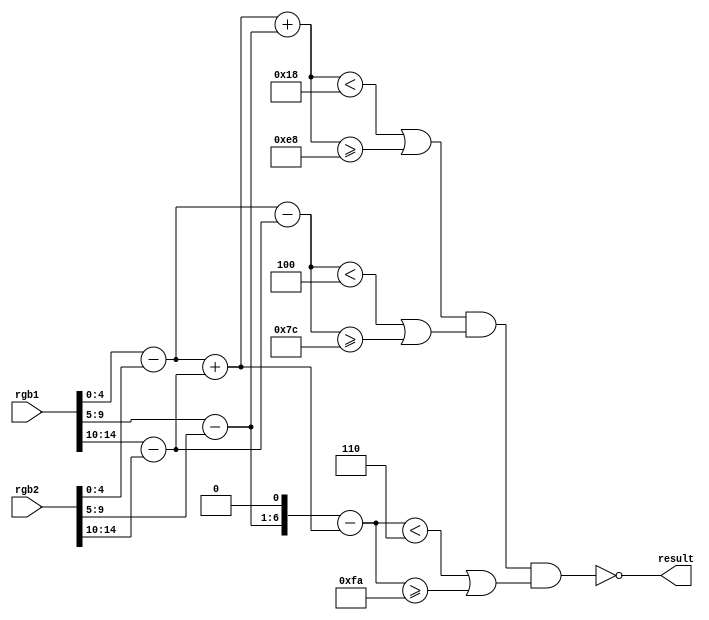
// Copyright (c) 2012-2013 Ludvig Strigeus
// This program is GPL Licensed. See COPYING for the full license.

module DiffCheck(input [14:0] rgb1, input [14:0] rgb2, output result);
  wire [5:0] r = rgb1[4:0] - rgb2[4:0];
  wire [5:0] g = rgb1[9:5] - rgb2[9:5];
  wire [5:0] b = rgb1[14:10] - rgb2[14:10];
  wire [6:0] t = $signed(r) + $signed(b);
  wire [6:0] gx = {g[5], g};
  wire [7:0] y = $signed(t) + $signed(gx);
  wire [6:0] u = $signed(r) - $signed(b);
  wire [7:0] v = $signed({g, 1'b0}) - $signed(t);
  // if y is inside (-24..24)
  wire y_inside = (y < 8'h18 || y >= 8'he8);
  // if u is inside (-4, 4)
  wire u_inside = (u < 7'h4 || u >= 7'h7c);
  // if v is inside (-6, 6)
  wire v_inside = (v < 8'h6 || v >= 8'hfA);
  assign result = !(y_inside && u_inside && v_inside);
endmodule

module InnerBlend(input [8:0] Op, input [4:0] A, input [4:0] B, input [4:0] C, output [4:0] O);
  wire OpOnes = Op[4];
  wire [7:0] Amul = A * Op[7:5];
  wire [6:0] Bmul = B * Op[3:2];
  wire [6:0] Cmul = C * Op[1:0];
  wire [7:0] At =  Amul;
  wire [7:0] Bt = (OpOnes == 0) ? {Bmul, 1'b0} : {3'b0, B};
  wire [7:0] Ct = (OpOnes == 0) ? {Cmul, 1'b0} : {3'b0, C};
  wire [8:0] Res = {At, 1'b0} + Bt + Ct;
  assign O = Op[8] ? A : Res[8:4];
endmodule

module Blend(input [5:0] rule, input disable_hq2x,
             input [14:0] E, input [14:0] A, input [14:0] B, input [14:0] D, input [14:0] F, input [14:0] H, output [14:0] Result);
  reg [1:0] input_ctrl;
  reg [8:0] op;
  localparam BLEND0 = 9'b1_xxx_x_xx_xx; // 0: A
  localparam BLEND1 = 9'b0_110_0_10_00; // 1: (A * 12 + B * 4) >> 4
  localparam BLEND2 = 9'b0_100_0_10_10; // 2: (A * 8 + B * 4 + C * 4) >> 4
  localparam BLEND3 = 9'b0_101_0_10_01; // 3: (A * 10 + B * 4 + C * 2) >> 4
  localparam BLEND4 = 9'b0_110_0_01_01; // 4: (A * 12 + B * 2 + C * 2) >> 4
  localparam BLEND5 = 9'b0_010_0_11_11; // 5: (A * 4 + (B + C) * 6) >> 4
  localparam BLEND6 = 9'b0_111_1_xx_xx; // 6: (A * 14 + B + C) >> 4
  localparam AB = 2'b00;
  localparam AD = 2'b01;
  localparam DB = 2'b10;
  localparam BD = 2'b11;
  wire is_diff;
  DiffCheck diff_checker(rule[1] ? B : H,
                         rule[0] ? D : F,
                         is_diff);
  always @* begin
    case({!is_diff, rule[5:2]})
    1,17:  {op, input_ctrl} = {BLEND1, AB};
    2,18:  {op, input_ctrl} = {BLEND1, DB};
    3,19:  {op, input_ctrl} = {BLEND1, BD};
    4,20:  {op, input_ctrl} = {BLEND2, DB};
    5,21:  {op, input_ctrl} = {BLEND2, AB};
    6,22:  {op, input_ctrl} = {BLEND2, AD};

    8: {op, input_ctrl} = {BLEND0, 2'bxx};
    9: {op, input_ctrl} = {BLEND0, 2'bxx};
    10: {op, input_ctrl} = {BLEND0, 2'bxx};
    11: {op, input_ctrl} = {BLEND1, AB};
    12: {op, input_ctrl} = {BLEND1, AB};
    13: {op, input_ctrl} = {BLEND1, AB};
    14: {op, input_ctrl} = {BLEND1, DB};
    15: {op, input_ctrl} = {BLEND1, BD};

    24: {op, input_ctrl} = {BLEND2, DB};
    25: {op, input_ctrl} = {BLEND5, DB};
    26: {op, input_ctrl} = {BLEND6, DB};
    27: {op, input_ctrl} = {BLEND2, DB};
    28: {op, input_ctrl} = {BLEND4, DB};
    29: {op, input_ctrl} = {BLEND5, DB};
    30: {op, input_ctrl} = {BLEND3, BD};
    31: {op, input_ctrl} = {BLEND3, DB};
    default: {op, input_ctrl} = 11'bx;
    endcase
    
    // Setting op[8] effectively disables HQ2X because blend will always return E.
    if (disable_hq2x)
      op[8] = 1;
  end
  // Generate inputs to the inner blender. Valid combinations.
  // 00: E A B
  // 01: E A D 
  // 10: E D B
  // 11: E B D
  wire [14:0] Input1 = E;
  wire [14:0] Input2 = !input_ctrl[1] ? A :
                       !input_ctrl[0] ? D : B;
  wire [14:0] Input3 = !input_ctrl[0] ? B : D;
  InnerBlend inner_blend1(op, Input1[4:0],   Input2[4:0],   Input3[4:0],   Result[4:0]);
  InnerBlend inner_blend2(op, Input1[9:5],   Input2[9:5],   Input3[9:5],   Result[9:5]);
  InnerBlend inner_blend3(op, Input1[14:10], Input2[14:10], Input3[14:10], Result[14:10]);
endmodule

module Hq2x(input clk,
            input [14:0] inputpixel,
            input disable_hq2x,
            input reset_frame,
            input reset_line,
            input [9:0] read_x,
            output frame_available,
            output reg [14:0] outpixel);
reg [5:0] hqTable[0:255];
initial begin
hqTable[0] = 19; hqTable[1] = 19; hqTable[2] = 26; hqTable[3] = 11;
hqTable[4] = 19; hqTable[5] = 19; hqTable[6] = 26; hqTable[7] = 11;
hqTable[8] = 23; hqTable[9] = 15; hqTable[10] = 47; hqTable[11] = 35;
hqTable[12] = 23; hqTable[13] = 15; hqTable[14] = 55; hqTable[15] = 39;
hqTable[16] = 19; hqTable[17] = 19; hqTable[18] = 26; hqTable[19] = 58;
hqTable[20] = 19; hqTable[21] = 19; hqTable[22] = 26; hqTable[23] = 58;
hqTable[24] = 23; hqTable[25] = 15; hqTable[26] = 35; hqTable[27] = 35;
hqTable[28] = 23; hqTable[29] = 15; hqTable[30] = 7; hqTable[31] = 35;
hqTable[32] = 19; hqTable[33] = 19; hqTable[34] = 26; hqTable[35] = 11;
hqTable[36] = 19; hqTable[37] = 19; hqTable[38] = 26; hqTable[39] = 11;
hqTable[40] = 23; hqTable[41] = 15; hqTable[42] = 55; hqTable[43] = 39;
hqTable[44] = 23; hqTable[45] = 15; hqTable[46] = 51; hqTable[47] = 43;
hqTable[48] = 19; hqTable[49] = 19; hqTable[50] = 26; hqTable[51] = 58;
hqTable[52] = 19; hqTable[53] = 19; hqTable[54] = 26; hqTable[55] = 58;
hqTable[56] = 23; hqTable[57] = 15; hqTable[58] = 51; hqTable[59] = 35;
hqTable[60] = 23; hqTable[61] = 15; hqTable[62] = 7; hqTable[63] = 43;
hqTable[64] = 19; hqTable[65] = 19; hqTable[66] = 26; hqTable[67] = 11;
hqTable[68] = 19; hqTable[69] = 19; hqTable[70] = 26; hqTable[71] = 11;
hqTable[72] = 23; hqTable[73] = 61; hqTable[74] = 35; hqTable[75] = 35;
hqTable[76] = 23; hqTable[77] = 61; hqTable[78] = 51; hqTable[79] = 35;
hqTable[80] = 19; hqTable[81] = 19; hqTable[82] = 26; hqTable[83] = 11;
hqTable[84] = 19; hqTable[85] = 19; hqTable[86] = 26; hqTable[87] = 11;
hqTable[88] = 23; hqTable[89] = 15; hqTable[90] = 51; hqTable[91] = 35;
hqTable[92] = 23; hqTable[93] = 15; hqTable[94] = 51; hqTable[95] = 35;
hqTable[96] = 19; hqTable[97] = 19; hqTable[98] = 26; hqTable[99] = 11;
hqTable[100] = 19; hqTable[101] = 19; hqTable[102] = 26; hqTable[103] = 11;
hqTable[104] = 23; hqTable[105] = 61; hqTable[106] = 7; hqTable[107] = 35;
hqTable[108] = 23; hqTable[109] = 61; hqTable[110] = 7; hqTable[111] = 43;
hqTable[112] = 19; hqTable[113] = 19; hqTable[114] = 26; hqTable[115] = 11;
hqTable[116] = 19; hqTable[117] = 19; hqTable[118] = 26; hqTable[119] = 58;
hqTable[120] = 23; hqTable[121] = 15; hqTable[122] = 51; hqTable[123] = 35;
hqTable[124] = 23; hqTable[125] = 61; hqTable[126] = 7; hqTable[127] = 43;
hqTable[128] = 19; hqTable[129] = 19; hqTable[130] = 26; hqTable[131] = 11;
hqTable[132] = 19; hqTable[133] = 19; hqTable[134] = 26; hqTable[135] = 11;
hqTable[136] = 23; hqTable[137] = 15; hqTable[138] = 47; hqTable[139] = 35;
hqTable[140] = 23; hqTable[141] = 15; hqTable[142] = 55; hqTable[143] = 39;
hqTable[144] = 19; hqTable[145] = 19; hqTable[146] = 26; hqTable[147] = 11;
hqTable[148] = 19; hqTable[149] = 19; hqTable[150] = 26; hqTable[151] = 11;
hqTable[152] = 23; hqTable[153] = 15; hqTable[154] = 51; hqTable[155] = 35;
hqTable[156] = 23; hqTable[157] = 15; hqTable[158] = 51; hqTable[159] = 35;
hqTable[160] = 19; hqTable[161] = 19; hqTable[162] = 26; hqTable[163] = 11;
hqTable[164] = 19; hqTable[165] = 19; hqTable[166] = 26; hqTable[167] = 11;
hqTable[168] = 23; hqTable[169] = 15; hqTable[170] = 55; hqTable[171] = 39;
hqTable[172] = 23; hqTable[173] = 15; hqTable[174] = 51; hqTable[175] = 43;
hqTable[176] = 19; hqTable[177] = 19; hqTable[178] = 26; hqTable[179] = 11;
hqTable[180] = 19; hqTable[181] = 19; hqTable[182] = 26; hqTable[183] = 11;
hqTable[184] = 23; hqTable[185] = 15; hqTable[186] = 51; hqTable[187] = 39;
hqTable[188] = 23; hqTable[189] = 15; hqTable[190] = 7; hqTable[191] = 43;
hqTable[192] = 19; hqTable[193] = 19; hqTable[194] = 26; hqTable[195] = 11;
hqTable[196] = 19; hqTable[197] = 19; hqTable[198] = 26; hqTable[199] = 11;
hqTable[200] = 23; hqTable[201] = 15; hqTable[202] = 51; hqTable[203] = 35;
hqTable[204] = 23; hqTable[205] = 15; hqTable[206] = 51; hqTable[207] = 39;
hqTable[208] = 19; hqTable[209] = 19; hqTable[210] = 26; hqTable[211] = 11;
hqTable[212] = 19; hqTable[213] = 19; hqTable[214] = 26; hqTable[215] = 11;
hqTable[216] = 23; hqTable[217] = 15; hqTable[218] = 51; hqTable[219] = 35;
hqTable[220] = 23; hqTable[221] = 15; hqTable[222] = 7; hqTable[223] = 35;
hqTable[224] = 19; hqTable[225] = 19; hqTable[226] = 26; hqTable[227] = 11;
hqTable[228] = 19; hqTable[229] = 19; hqTable[230] = 26; hqTable[231] = 11;
hqTable[232] = 23; hqTable[233] = 15; hqTable[234] = 51; hqTable[235] = 35;
hqTable[236] = 23; hqTable[237] = 15; hqTable[238] = 7; hqTable[239] = 43;
hqTable[240] = 19; hqTable[241] = 19; hqTable[242] = 26; hqTable[243] = 11;
hqTable[244] = 19; hqTable[245] = 19; hqTable[246] = 26; hqTable[247] = 11;
hqTable[248] = 23; hqTable[249] = 15; hqTable[250] = 7; hqTable[251] = 35;
hqTable[252] = 23; hqTable[253] = 15; hqTable[254] = 7; hqTable[255] = 43;
end

reg [14:0] Prev0, Prev1, Prev2, Curr0, Curr1, Curr2, Next0, Next1, Next2;
reg [14:0] A, B, D, F, G, H;
reg [7:0] pattern, nextpatt;
reg [1:0] i;
reg [7:0] y;
reg [1:0] yshort; // counts only lines 0-3, then stays on 3.
reg [8:0] offs;
reg first_pixel;
reg [14:0] inbuf[0:511];   // 2 lines of input pixels
reg [14:0] outbuf[0:2047]; // 4 lines of output pixels


wire curbuf = y[0];
reg last_line;
wire prevbuf = (yshort <= 1) ? curbuf : !curbuf;
wire writebuf = !curbuf;
reg writestep;

wire diff0, diff1;
DiffCheck diffcheck0(Curr1, (i == 0) ? Prev0 : (i == 1) ? Curr0 : (i == 2) ? Prev2 : Next1, diff0);
DiffCheck diffcheck1(Curr1, (i == 0) ? Prev1 : (i == 1) ? Next0 : (i == 2) ? Curr2 : Next2, diff1);
wire [7:0] new_pattern = {diff1, diff0, pattern[7:2]};
always @(posedge clk)
  pattern <= new_pattern;

wire less_254 = (offs >= 510) || (offs < 254);
wire [8:0] inbuf_rd_addr = {i[0] == 0 ? prevbuf : curbuf, offs[7:0]};

always @(posedge clk) begin
  if (i == 0 && less_254) Curr2 <= inbuf[inbuf_rd_addr];
  if (i == 1 && less_254) begin
    Prev2 <= Curr2;
    Curr2 <= inbuf[inbuf_rd_addr];
  end
  if (i == 2 && less_254) begin
    Next2 <= last_line ? Curr2 : inputpixel;
    inbuf[{writebuf, offs[7:0]}] <= inputpixel;
  end
end

wire [14:0] X = (i == 0) ? A : (i == 1) ? Prev1 : (i == 2) ? Next1 : G;
wire [14:0] blend_result;
Blend blender(hqTable[nextpatt], disable_hq2x, Curr0, X, B, D, F, H, blend_result);

always @(posedge clk) begin
  if (!offs[8])
    outbuf[{curbuf, i[1], offs[7:0], i[1]^i[0]}] <= blend_result;
  if (!writestep) begin
    nextpatt <= {nextpatt[5], nextpatt[3], nextpatt[0], nextpatt[6], nextpatt[1], nextpatt[7], nextpatt[4], nextpatt[2]};
    {B, F, H, D} <= {F, H, D, B};
  end else begin
    nextpatt <= {new_pattern[7:6], new_pattern[3], new_pattern[5], new_pattern[2], new_pattern[4], new_pattern[1:0]};
    {A, G} <= {Prev0, Next0};
    {B, F, H, D} <= {Prev1, Curr2, Next1, Curr0};
    {Prev0, Prev1} <= {first_pixel ? Prev2 : Prev1, Prev2};
    {Curr0, Curr1} <= {first_pixel ? Curr2 : Curr1, Curr2};
    {Next0, Next1} <= {first_pixel ? Next2 : Next1, Next2};
  end
end

reg last_reset_line;
initial last_reset_line = 0;

always @(posedge clk) begin
  outpixel <= outbuf[{!curbuf, read_x}];
  if (writestep) begin
    offs <= offs + 9'b1;
    first_pixel <= 0;
  end
  i <= i + 2'b1;
  writestep <= (i == 2);
  if (reset_line) begin
    offs <= -2;
    first_pixel <= 1;
    i <= 0;
    writestep <= 0;
    // Increment Y only once.
    if (!last_reset_line) begin
      y <= y + 8'b1;
      yshort <= (yshort == 3) ? yshort : (yshort + 2'b1);
      last_line <= ((y + 8'b1) >= 240);
    end
    
    
  end
  if (reset_frame) begin
    y <= 0;
    yshort <= 0;
    last_line <= 0;
  end
  last_reset_line <= reset_line;
end
assign frame_available = (i == 0) && first_pixel && (yshort == 2) && !reset_line;
endmodule  // Hq2x